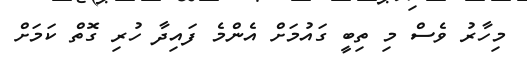
މިހާރު ވެސް މި ތިބީ ގައުމަށް އެންމެ ފައިދާ ހުރި ގޮތް ކަމަށް